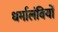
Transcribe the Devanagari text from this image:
धर्मालंबियों